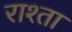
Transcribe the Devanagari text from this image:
राश्ता